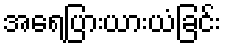
အရေပြားယားယံခြင်း